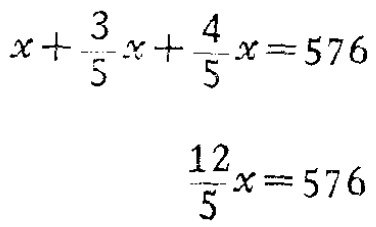
\[

\begin{align*}

x+\frac{3}{5}x+\frac{4}{5}x&=576\\

\frac{12}{5}x&=576

\end{align*}

\]